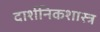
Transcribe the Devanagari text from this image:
दार्शनिकशास्त्र